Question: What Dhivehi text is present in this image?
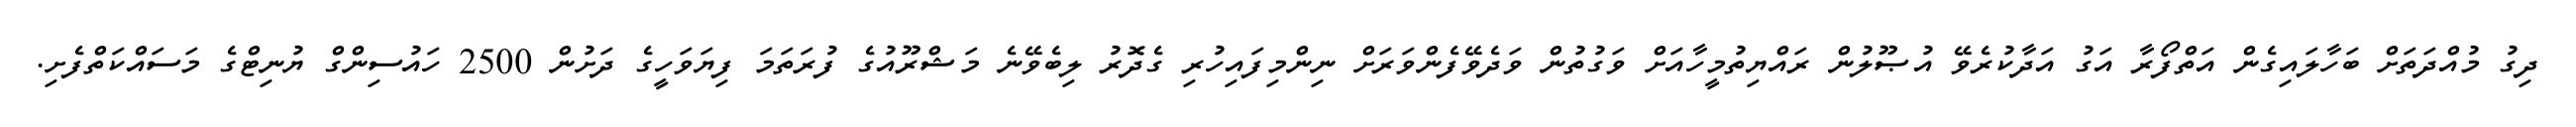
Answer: ދިގު މުއްދަތަށް ބަހާލައިގެން އަތްފޯރާ އަގު އަދާކުރެވޭ އުޞޫލުން ރައްޔިތުމީހާއަށް ވަގުތުން ވަދެވޭފެންވަރަށް ނިންމިފައިހުރި ގެދޮރު ލިބެވޭނެ މަޝްރޫއުގެ ފުރަތަމަ ފިޔަވަހީގެ ދަށުން 2500 ހައުސިންގް ޔުނިޓްގެ މަސައްކަތްފެށި.